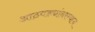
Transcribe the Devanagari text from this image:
आठवड्यांदरम्यान